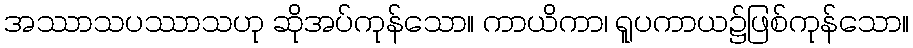
အဿာသပဿာသဟု ဆိုအပ်ကုန်သော။ ကာယိကာ၊ ရူပကာယ၌ဖြစ်ကုန်သော။